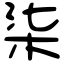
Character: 柒